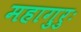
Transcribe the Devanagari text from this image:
महागुरुः